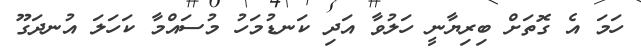
ހަމަ އެ ގޮތަށް ބިރިޔާނީ ހަލުވާ އަދި ކަނޑުމަހު މުސައްމާ ކަހަލަ އުނދަގޫ